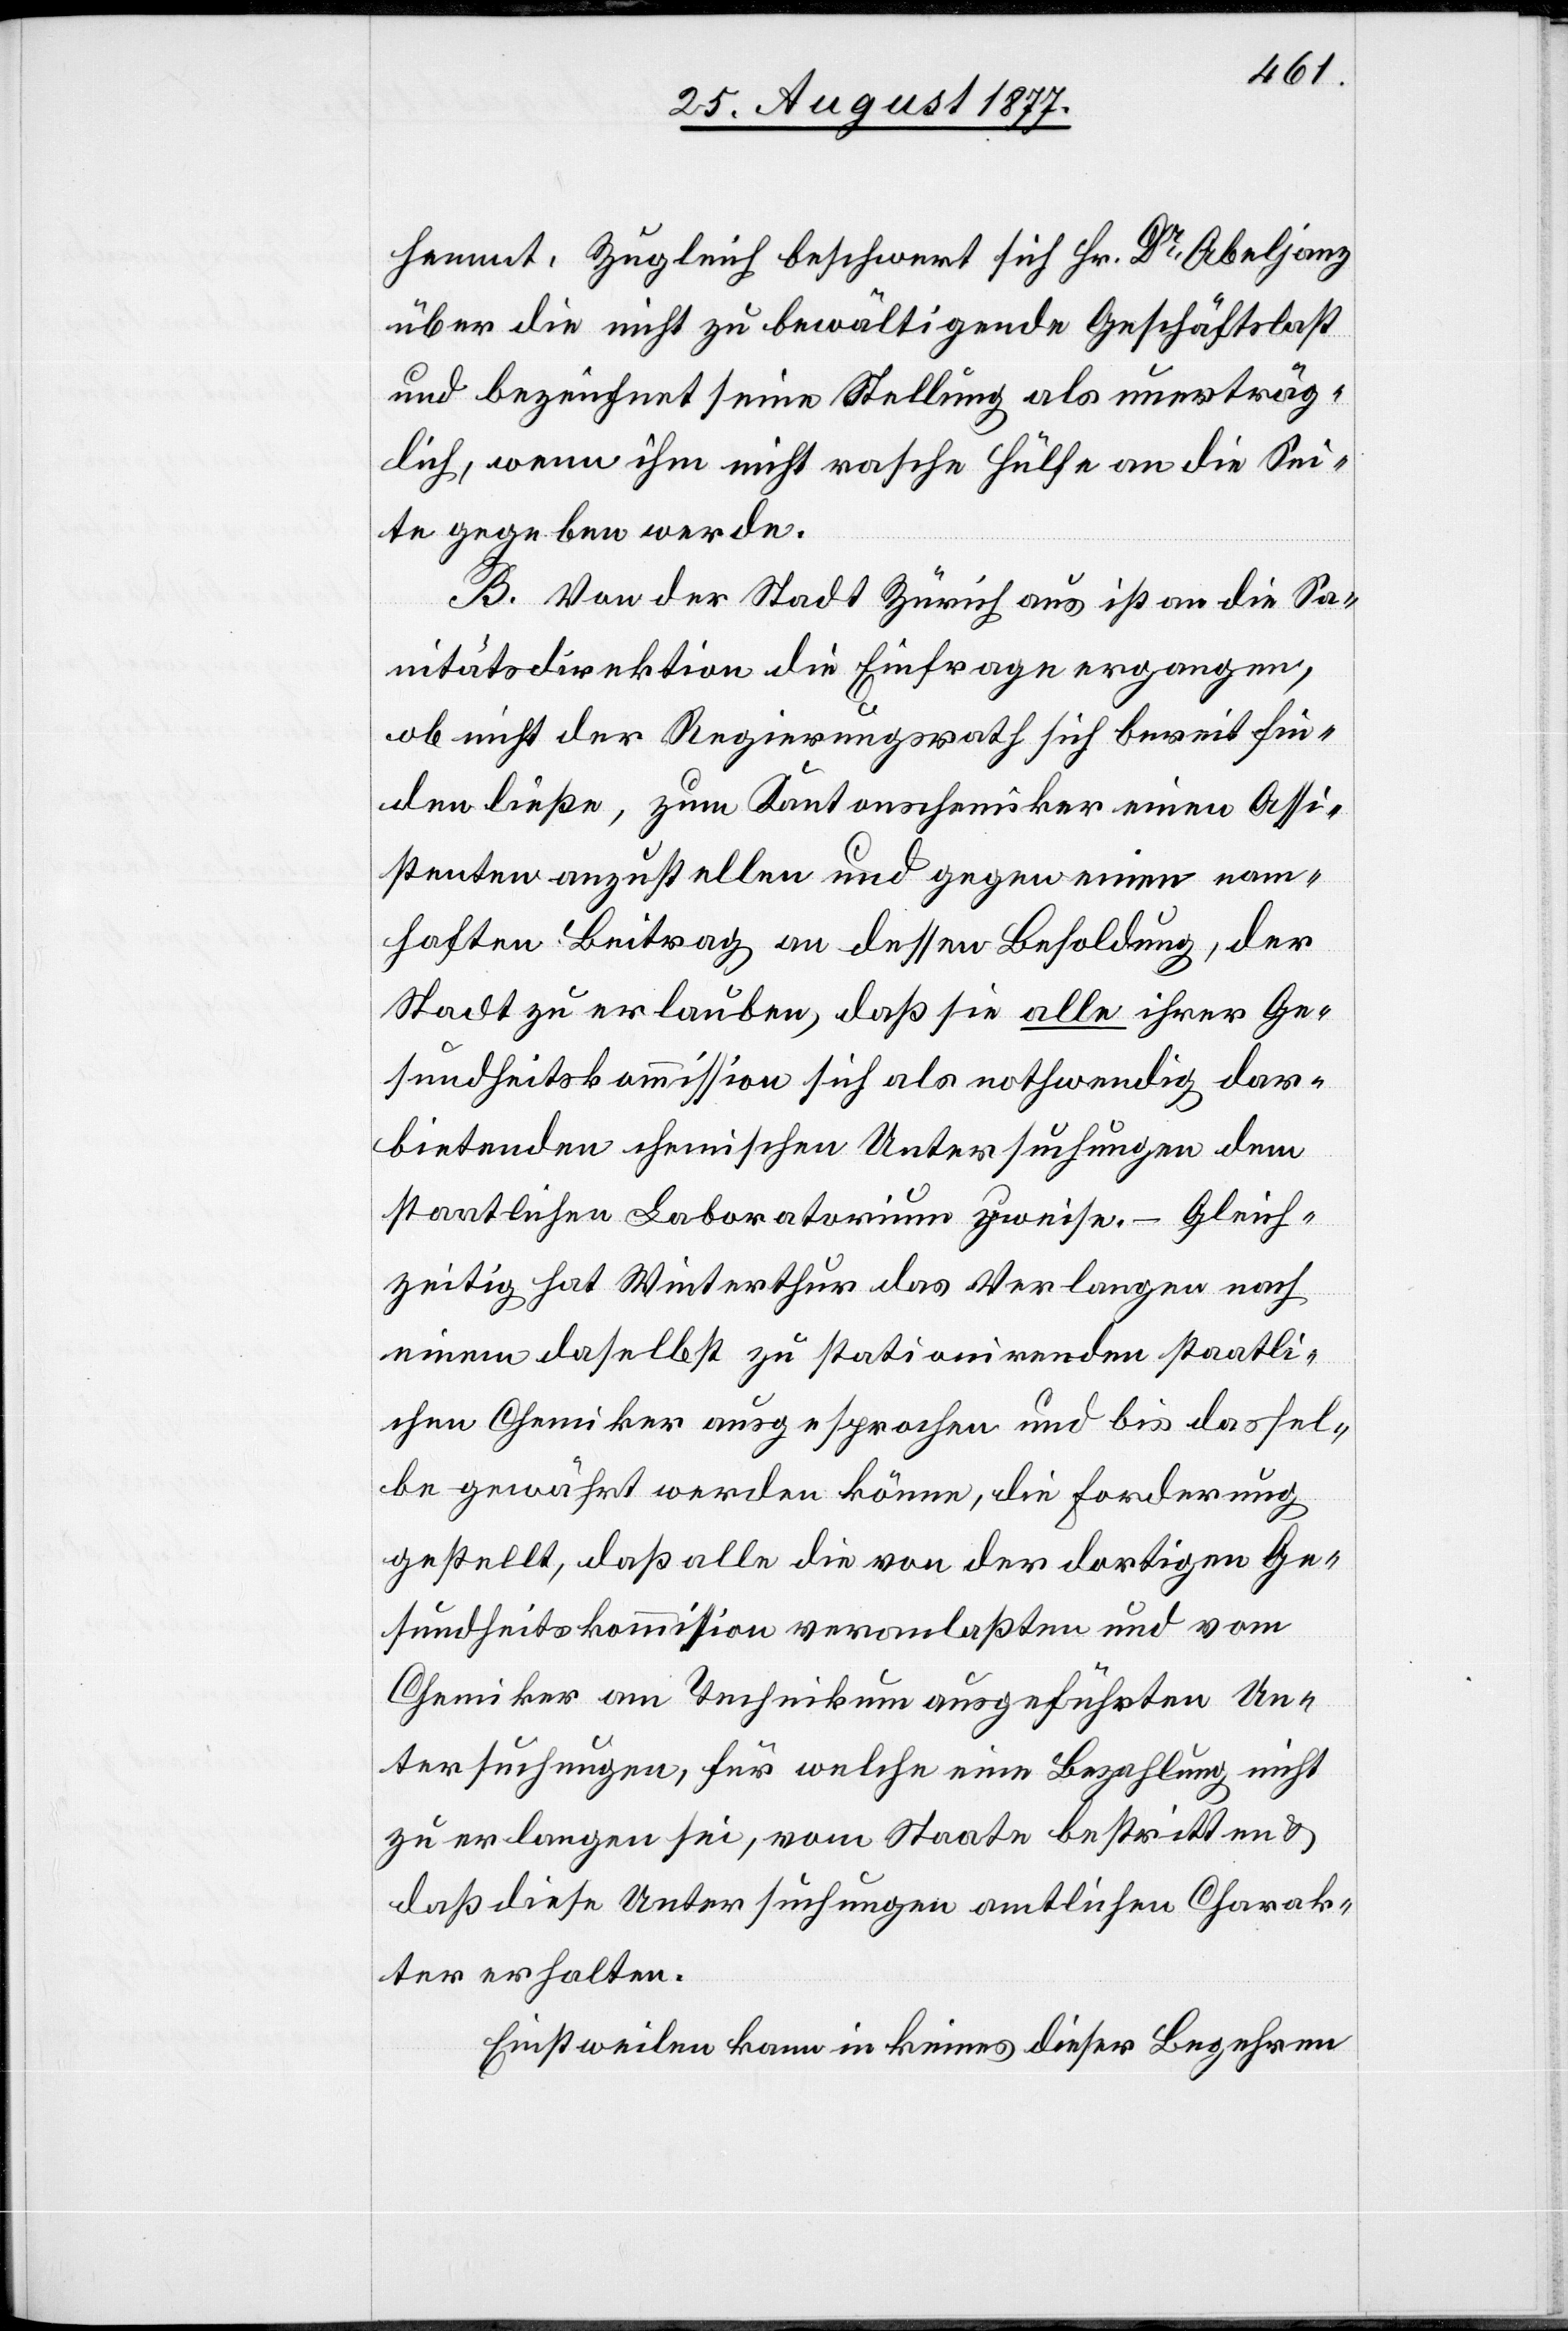
hemmt. Zugleich beschwert sich Hr. Dr Abeljanz
über die nicht zu bewältigende Geschäftslast
und bezeichnet seine Stellung als unerträg¬
lich, wenn ihm nicht rasche Hülfe an die Sei¬
te gegeben werde.
B. Von der Stadt Zürich aus ist an die Sa¬
nitätsdirektion die Einfrage ergangen,
ob nicht der Regierungsrath sich bereit fin¬
den ließe, zum Kantonschemiker einen Assi¬
stenten anzustellen und gegen einen nam¬
haften Beitrag an dessen Besoldung, der
Stadt zu erlauben, daß sie alle ihrer Ge¬
sundheitskommission sich als nothwendig dar¬
bietenden chemischen Untersuchungen dem
staatlichen Laboratorium zuweise. – Gleich¬
zeitig hat Winterthur das Verlangen nach
einem daselbst zu stationirenden staatli¬
chen Chemiker ausgesprochen und bis dassel¬
be gewährt werden könne, die Forderung
gestellt, daß alle die von der dortigen Ge¬
sundheitskommission veranlaßten und vom
Chemiker am Technikum ausgeführten Un¬
tersuchungen, für welche eine Bezahlung nicht
zu erlangen sei, vom Staate bestritten &
daß diese Untersuchungen amtlichen Charak¬
ter erhalten.
Einstweilen kann in keines dieser Begehren